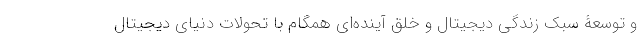
و توسعۀ سبک زندگی دیجیتال و خلق آینده‌ای همگام با تحولات دنیای دیجیتال